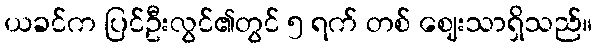
ယခင်က ပြင်ဦးလွင်၏တွင် ၅ ရက် တစ် ဈေးသာရှိသည်။